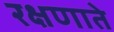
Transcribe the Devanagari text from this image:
रक्षणाते